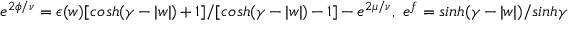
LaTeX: e ^ { 2 \phi / \nu } = \epsilon ( w ) [ c o s h ( \gamma - | w | ) + 1 ] / [ c o s h ( \gamma - | w | ) - 1 ] - e ^ { 2 \mu / \nu } , ~ e ^ { f } = s i n h ( \gamma - | w | ) / s i n h \gamma